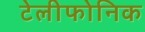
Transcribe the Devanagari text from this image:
टेलीफोनिक